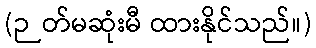
(ဉတ်မဆုံးမီ ထားနိုင်သည်။)